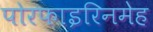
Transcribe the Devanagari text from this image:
पोरफाइरिनमेह